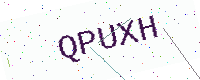
Text: QPUXH